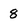
Character: 8